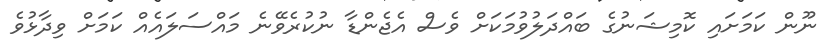
ނޫން ކަމަށައި ކޮމިޝަނުގެ ބައްދަލުވުމަކަށް ވެސް އެޖެންޑާ ނުކުރެވޭނެ މައްސަލައެއް ކަމަށް ވިދާޅުވެ